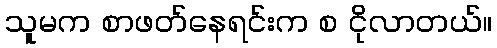
သူမက စာဖတ်နေရင်းက စ ငိုလာတယ်။